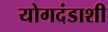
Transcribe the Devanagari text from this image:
योगदंडाशी